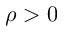
\rho > 0